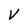
Character: V